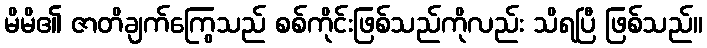
မိမိ၏ ဇာတိချက်ကြွေသည် စစ်ကိုင်းဖြစ်သည်ကိုလည်း သိရပြီ ဖြစ်သည်။